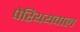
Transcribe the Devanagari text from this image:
पेरिययवाल